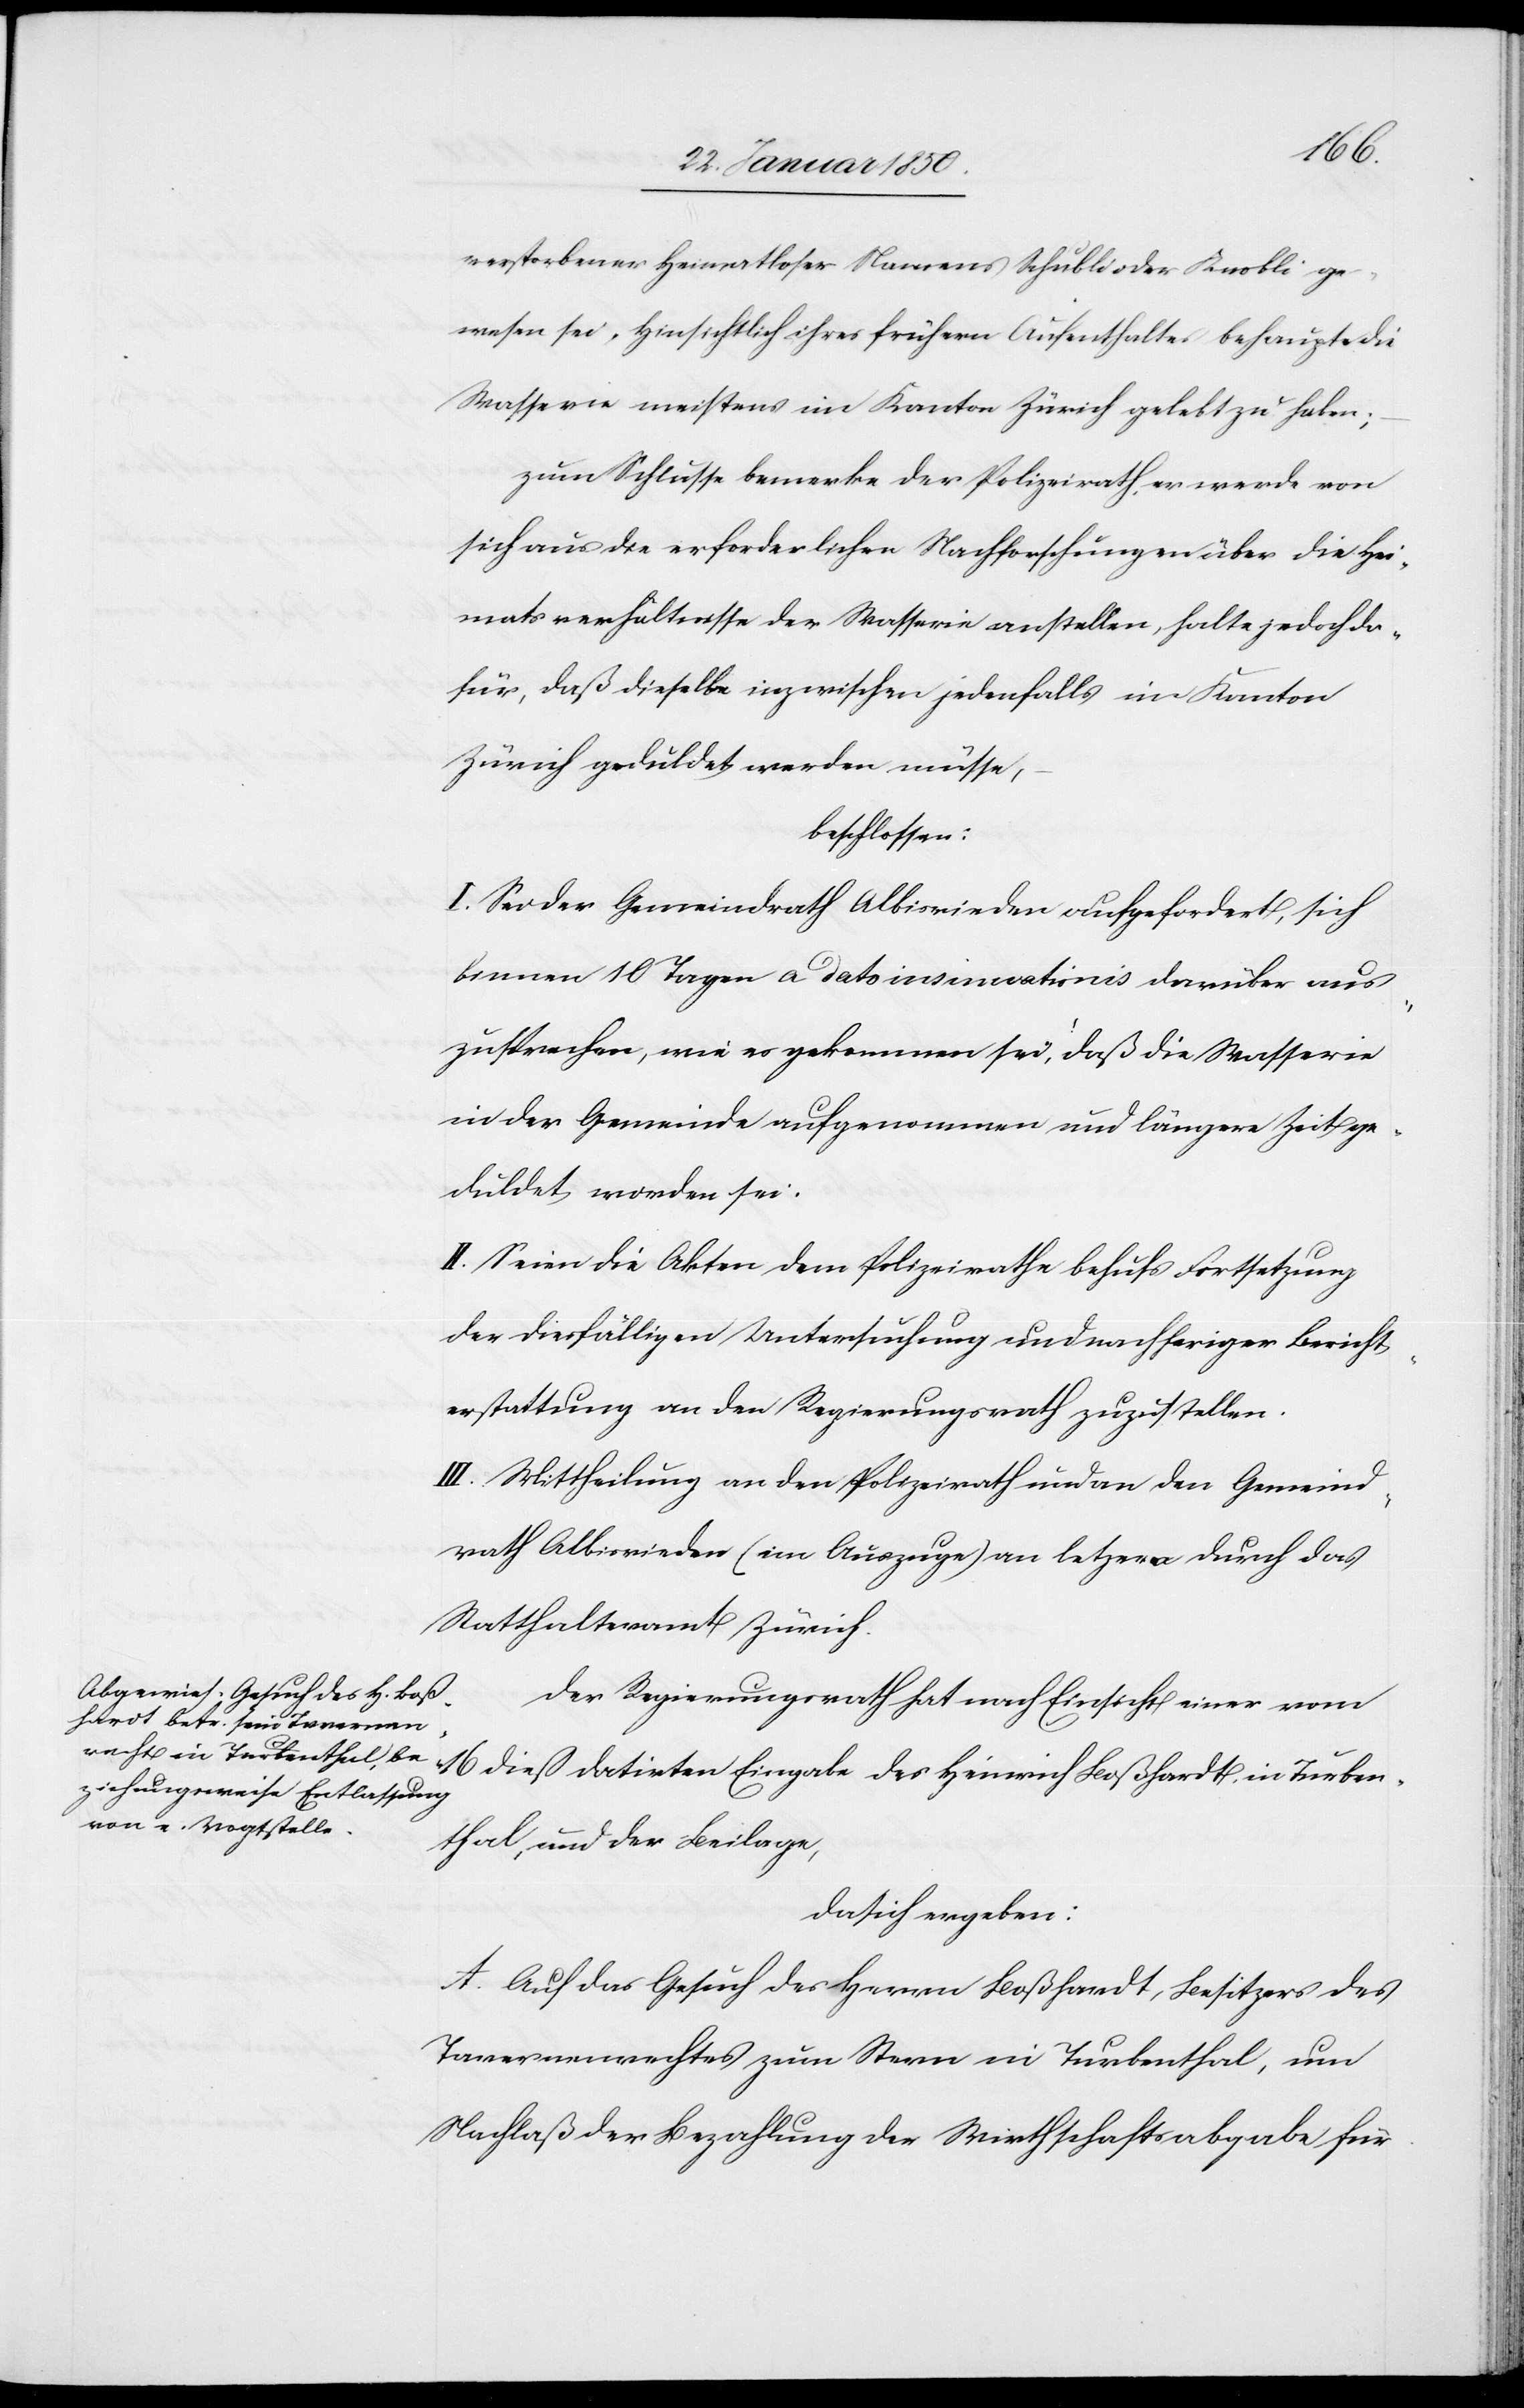
verstorbener Heimatloser Namens Schubli oder Knobli ge¬
wesen sei. Hinsichtlich ihres frühern Aufenthaltes behaupte die
Masserie meistens im Kanton Zürich gelebt zu haben;
zum Schlusse bemerke der Polizeirath, er werde von
sich aus die erforderlichen Nachforschungen über die Hei¬
matsverhältnisse der Masserie anstellen, halte jedoch da¬
für, daß dieselbe inzwischen jedenfalls im Kanton
Zürich geduldet werden müsse,
beschlossen:
I. Sei der Gemeindrath Albisrieden aufgefordert, sich
binnen 10 Tagen a dato insinuationis darüber aus¬
zusprechen, wie es gekommen sei, daß die Masserie
in der Gemeinde aufgenommen und längere Zeit ge¬
duldet worden sei.
II. Seien die Akten dem Polizeirathe behufs Fortsetzung
der diesfälligen Untersuchung und nachheriger Bericht¬
erstattung an den Regierungsrath zuzustellen.
III. Mittheilung an den Polizeirath und an den Gemeind¬
rath Albisrieden (im Auszuge) an letz[t]ern durch das
Statthalteramt Zürich.
Der Regierungsrath hat nach Einsicht einer vom
16 dieß datirten Eingabe des Heinrich Boßhardt in Turben¬
thal, und der Beilage,
da sich ergeben:
A. Auf das Gesuch des Herrn Boßhardt, Besitzers des
Tavernenrechtes zum Stern in Turbenthal, um
Nachlaß der Bezahlung der Wirthschaftsabgabe für